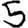
Digit: 5